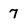
Character: 7